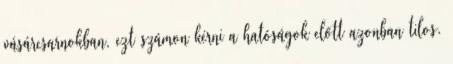
vásárcsarnokban, ezt számon kérni a hatóságok előtt azonban tilos.